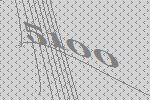
5100